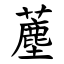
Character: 薼